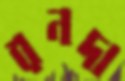
রনদা